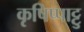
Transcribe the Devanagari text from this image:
कृषिप्पाट्टु